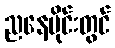
ညနေပိုင်းတွင်